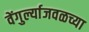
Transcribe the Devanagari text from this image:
वेंगुर्ल्याजवळच्या